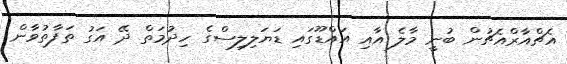
އެޗްއާރްއެޗުން ބުނީ މާލެ އާއި އައްޑޫގައި ޑަޔަލިލިސްގެ ހިދުމަތް ދޭ އަގު ތަފާތުވާން